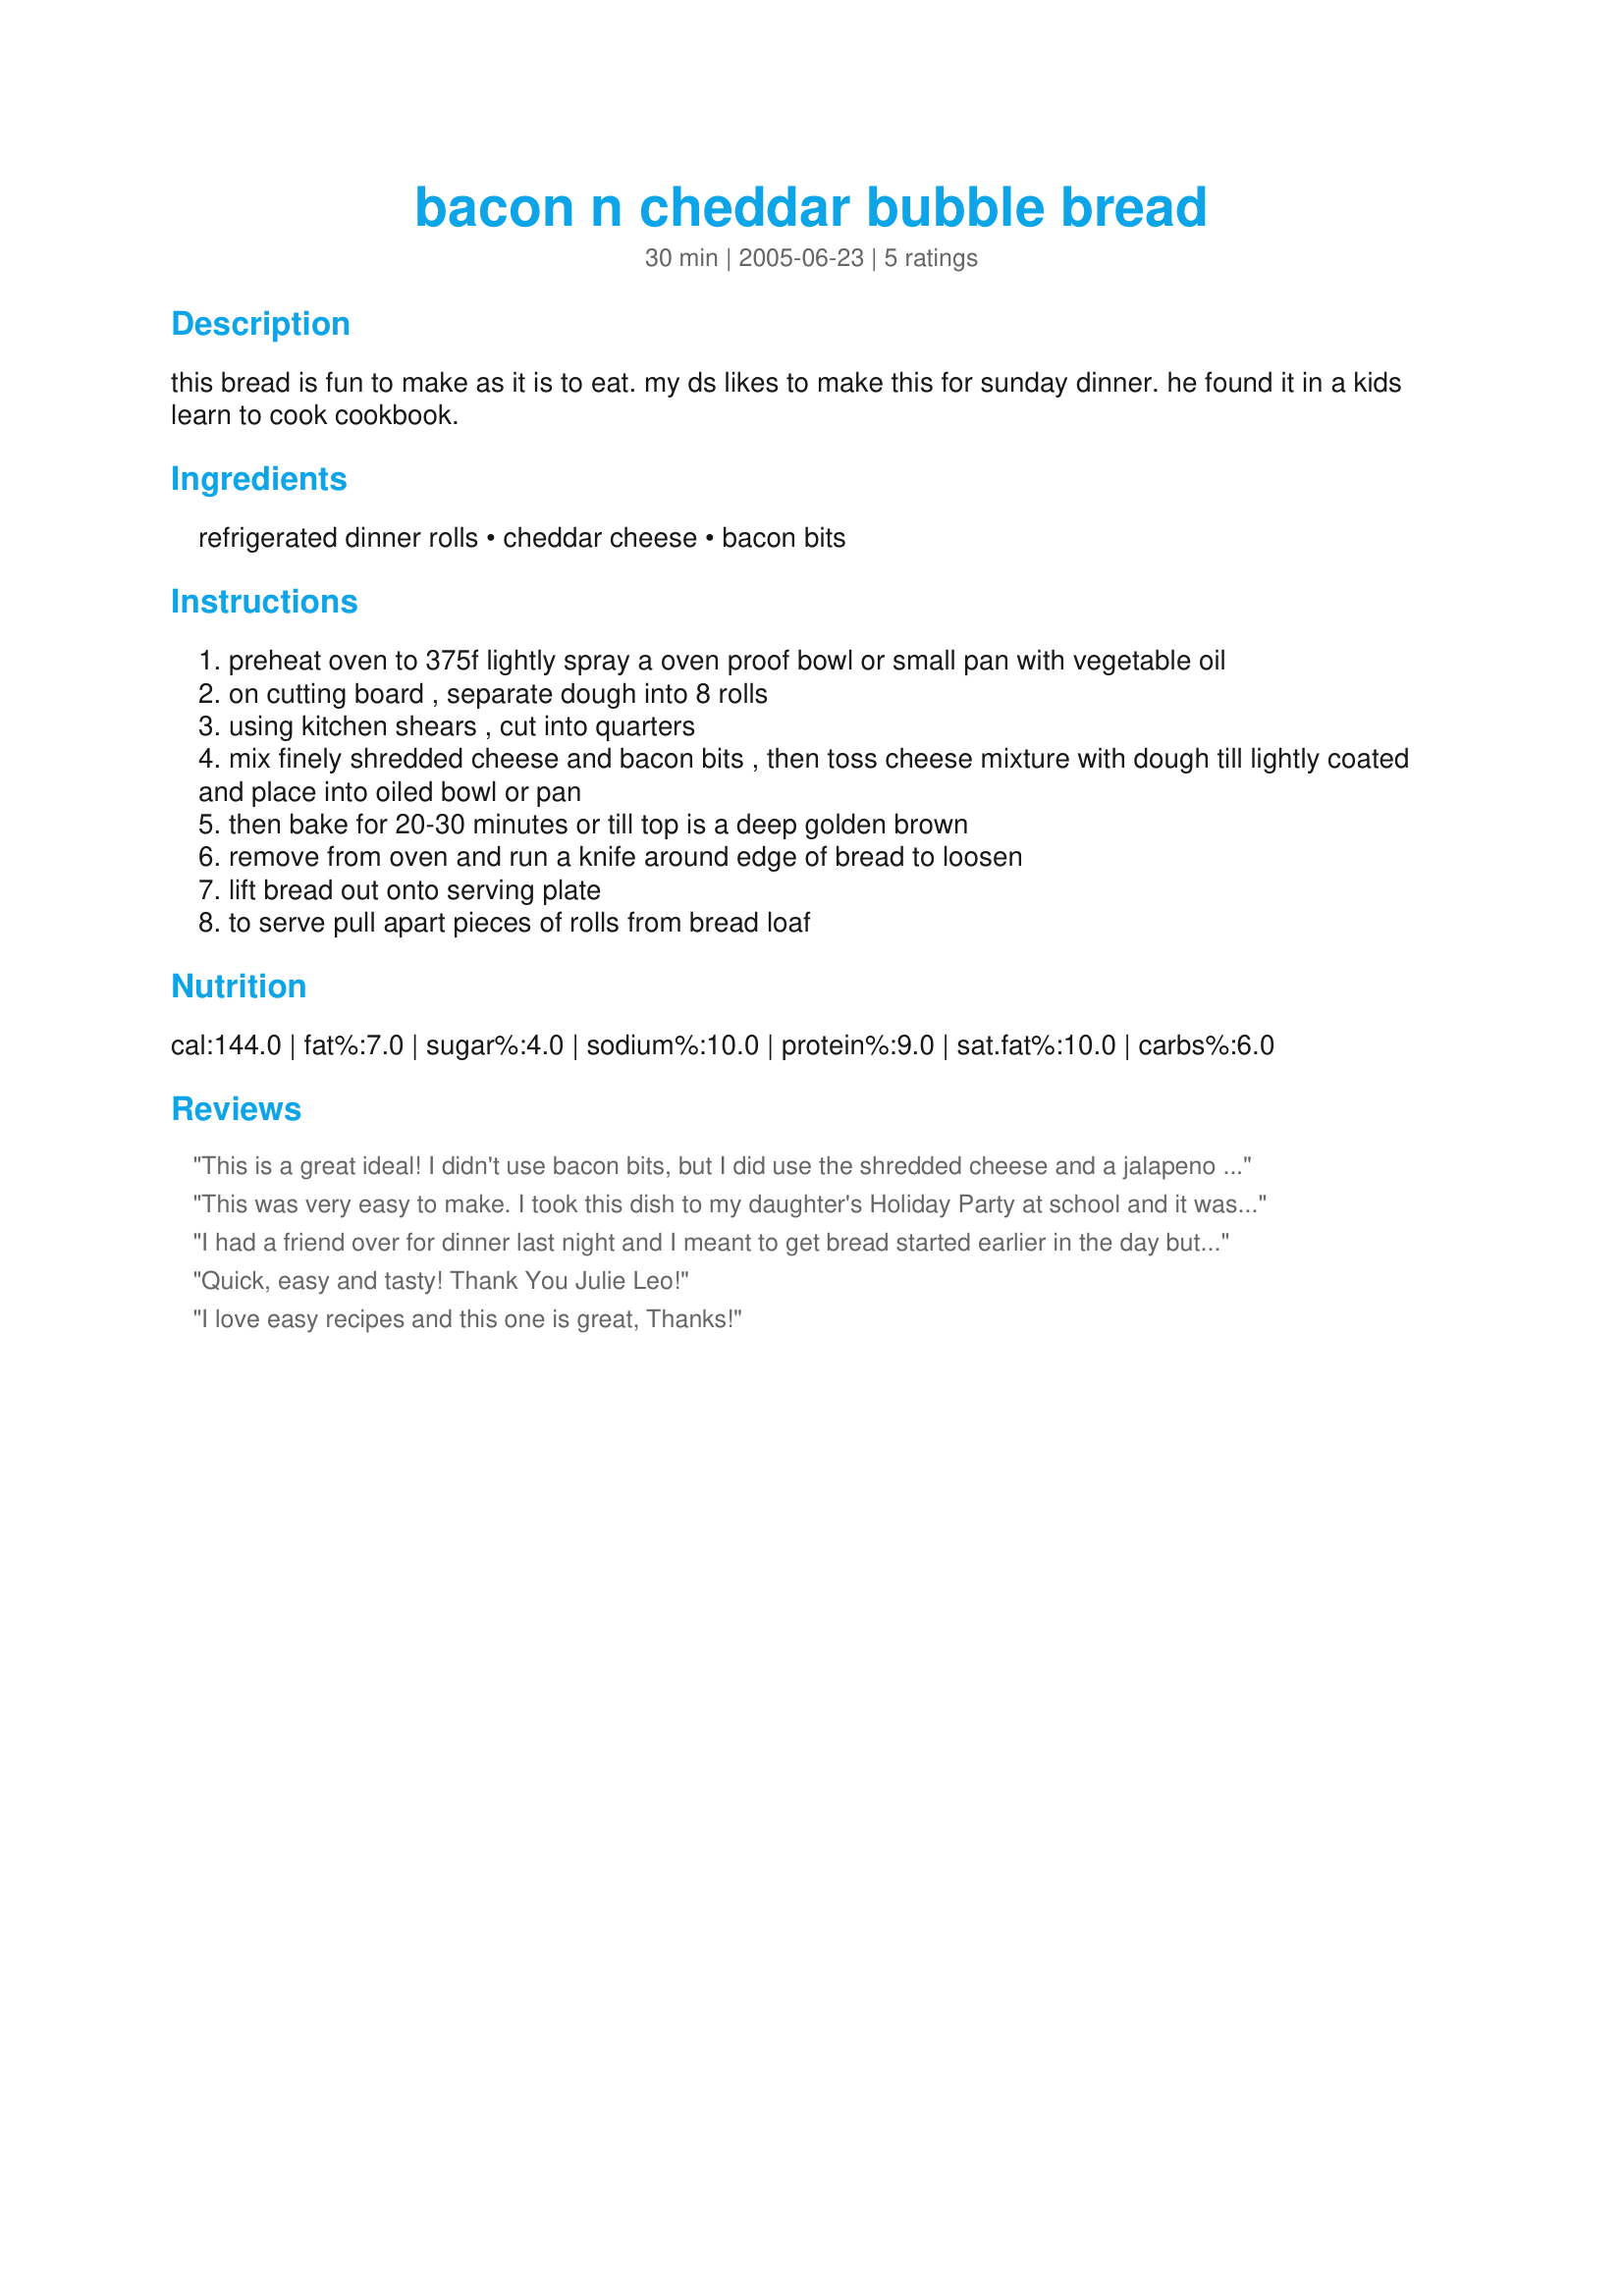
bacon n cheddar bubble bread
Preparation time: 30 minutes

this bread is fun to make as it is to eat. my ds likes to make this for sunday dinner. he found it in a kids learn to cook cookbook.

Ingredients:
refrigerated dinner rolls, cheddar cheese, bacon bits

Steps:
preheat oven to 375f lightly spray a oven proof bowl or small pan with vegetable oil
on cutting board , separate dough into 8 rolls
using kitchen shears , cut into quarters
mix finely shredded cheese and bacon bits , then toss cheese mixture with dough till lightly coated and place into oiled bowl or pan
then bake for 20-30 minutes or till top is a deep golden brown
remove from oven and run a knife around edge of bread to loosen
lift bread out onto serving plate
to serve pull apart pieces of rolls from bread loaf

Reviews:
This is a great ideal! I didn't use bacon bits, but I did use the shredded cheese and a jalapeno pepper for our mexican dinner.
This was very easy to make. I took this dish to my daughter's Holiday Party at school and it was a huge hit! I thought it tasted good but not great, however all the moms were asking for the recipe. I used yeast rolls and the bacon and cheese did not want to stick to the rolls. I ended up sprinkling it across the top. I'm going to try a different type of roll next time - and there will be many next times!
I had a friend over for dinner last night and I meant to get bread started earlier in the day but completely forgot. I then remembered that I had "tagged" this recipe and was thrilled to have a easy, quick and great tasting bread to go with supper! I doubled the recipe, used real bacon crumbles from a sealed bag instead of bits and probably added a bit more cheese than the recipe called for. This was delicious! It smelled like breakfast coming out of the oven. I baked mine in a fluted bundt pan and it pulled apart nice and easy. Watch your timer because it gets brown fairly quick! Mine was well done by the 20 minute mark! Delicious!
Quick, easy and tasty!
Thank You Julie Leo!
I love easy recipes and this one is great, Thanks!
